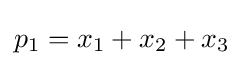
p_{1}=x_{1}+x_{2}+x_{3}